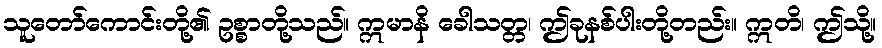
သူတော်ကောင်းတို့၏ ဥစ္စာတို့သည်။ ဣမာနိ ခေါသတ္တ၊ ဤခုနစ်ပါးတို့တည်း။ ဣတိ၊ ဤသို့။